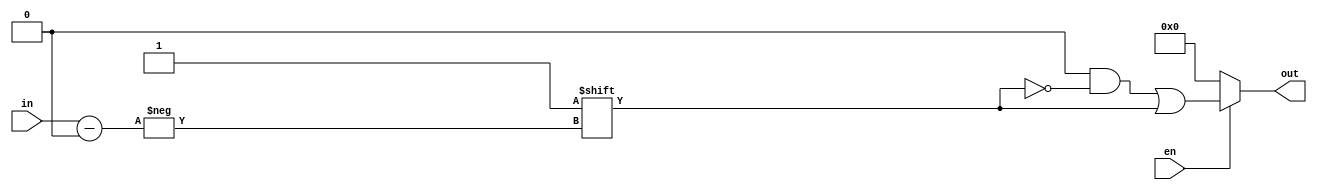
`timescale 1ns / 1ps

module decoder(en,in,out);
parameter n=3; //number of inputs of decoder
parameter m=2**n; //number of outputs of decoder
input [n-1:0] in;
input en;
output reg [m-1:0] out;

always@(*)
begin
out=0;
if(en==1)
begin
out[in]=1;
end
else
out=0;
end
endmodule